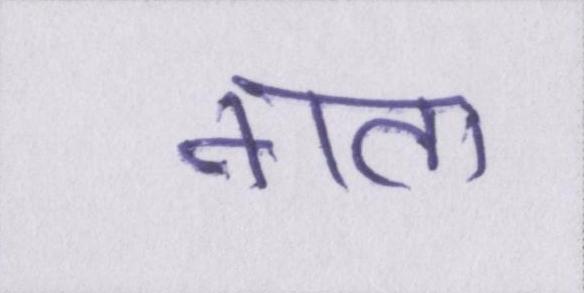
नाता